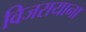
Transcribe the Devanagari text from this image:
विजरायाना